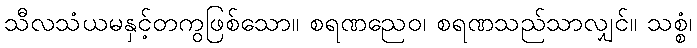
သီလသံယမနှင့်တကွဖြစ်သော။ စရဏညေဝ၊ စရဏသည်သာလျှင်။ သစ္စံ၊